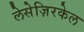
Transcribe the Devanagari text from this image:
लेसेज़िरकेल